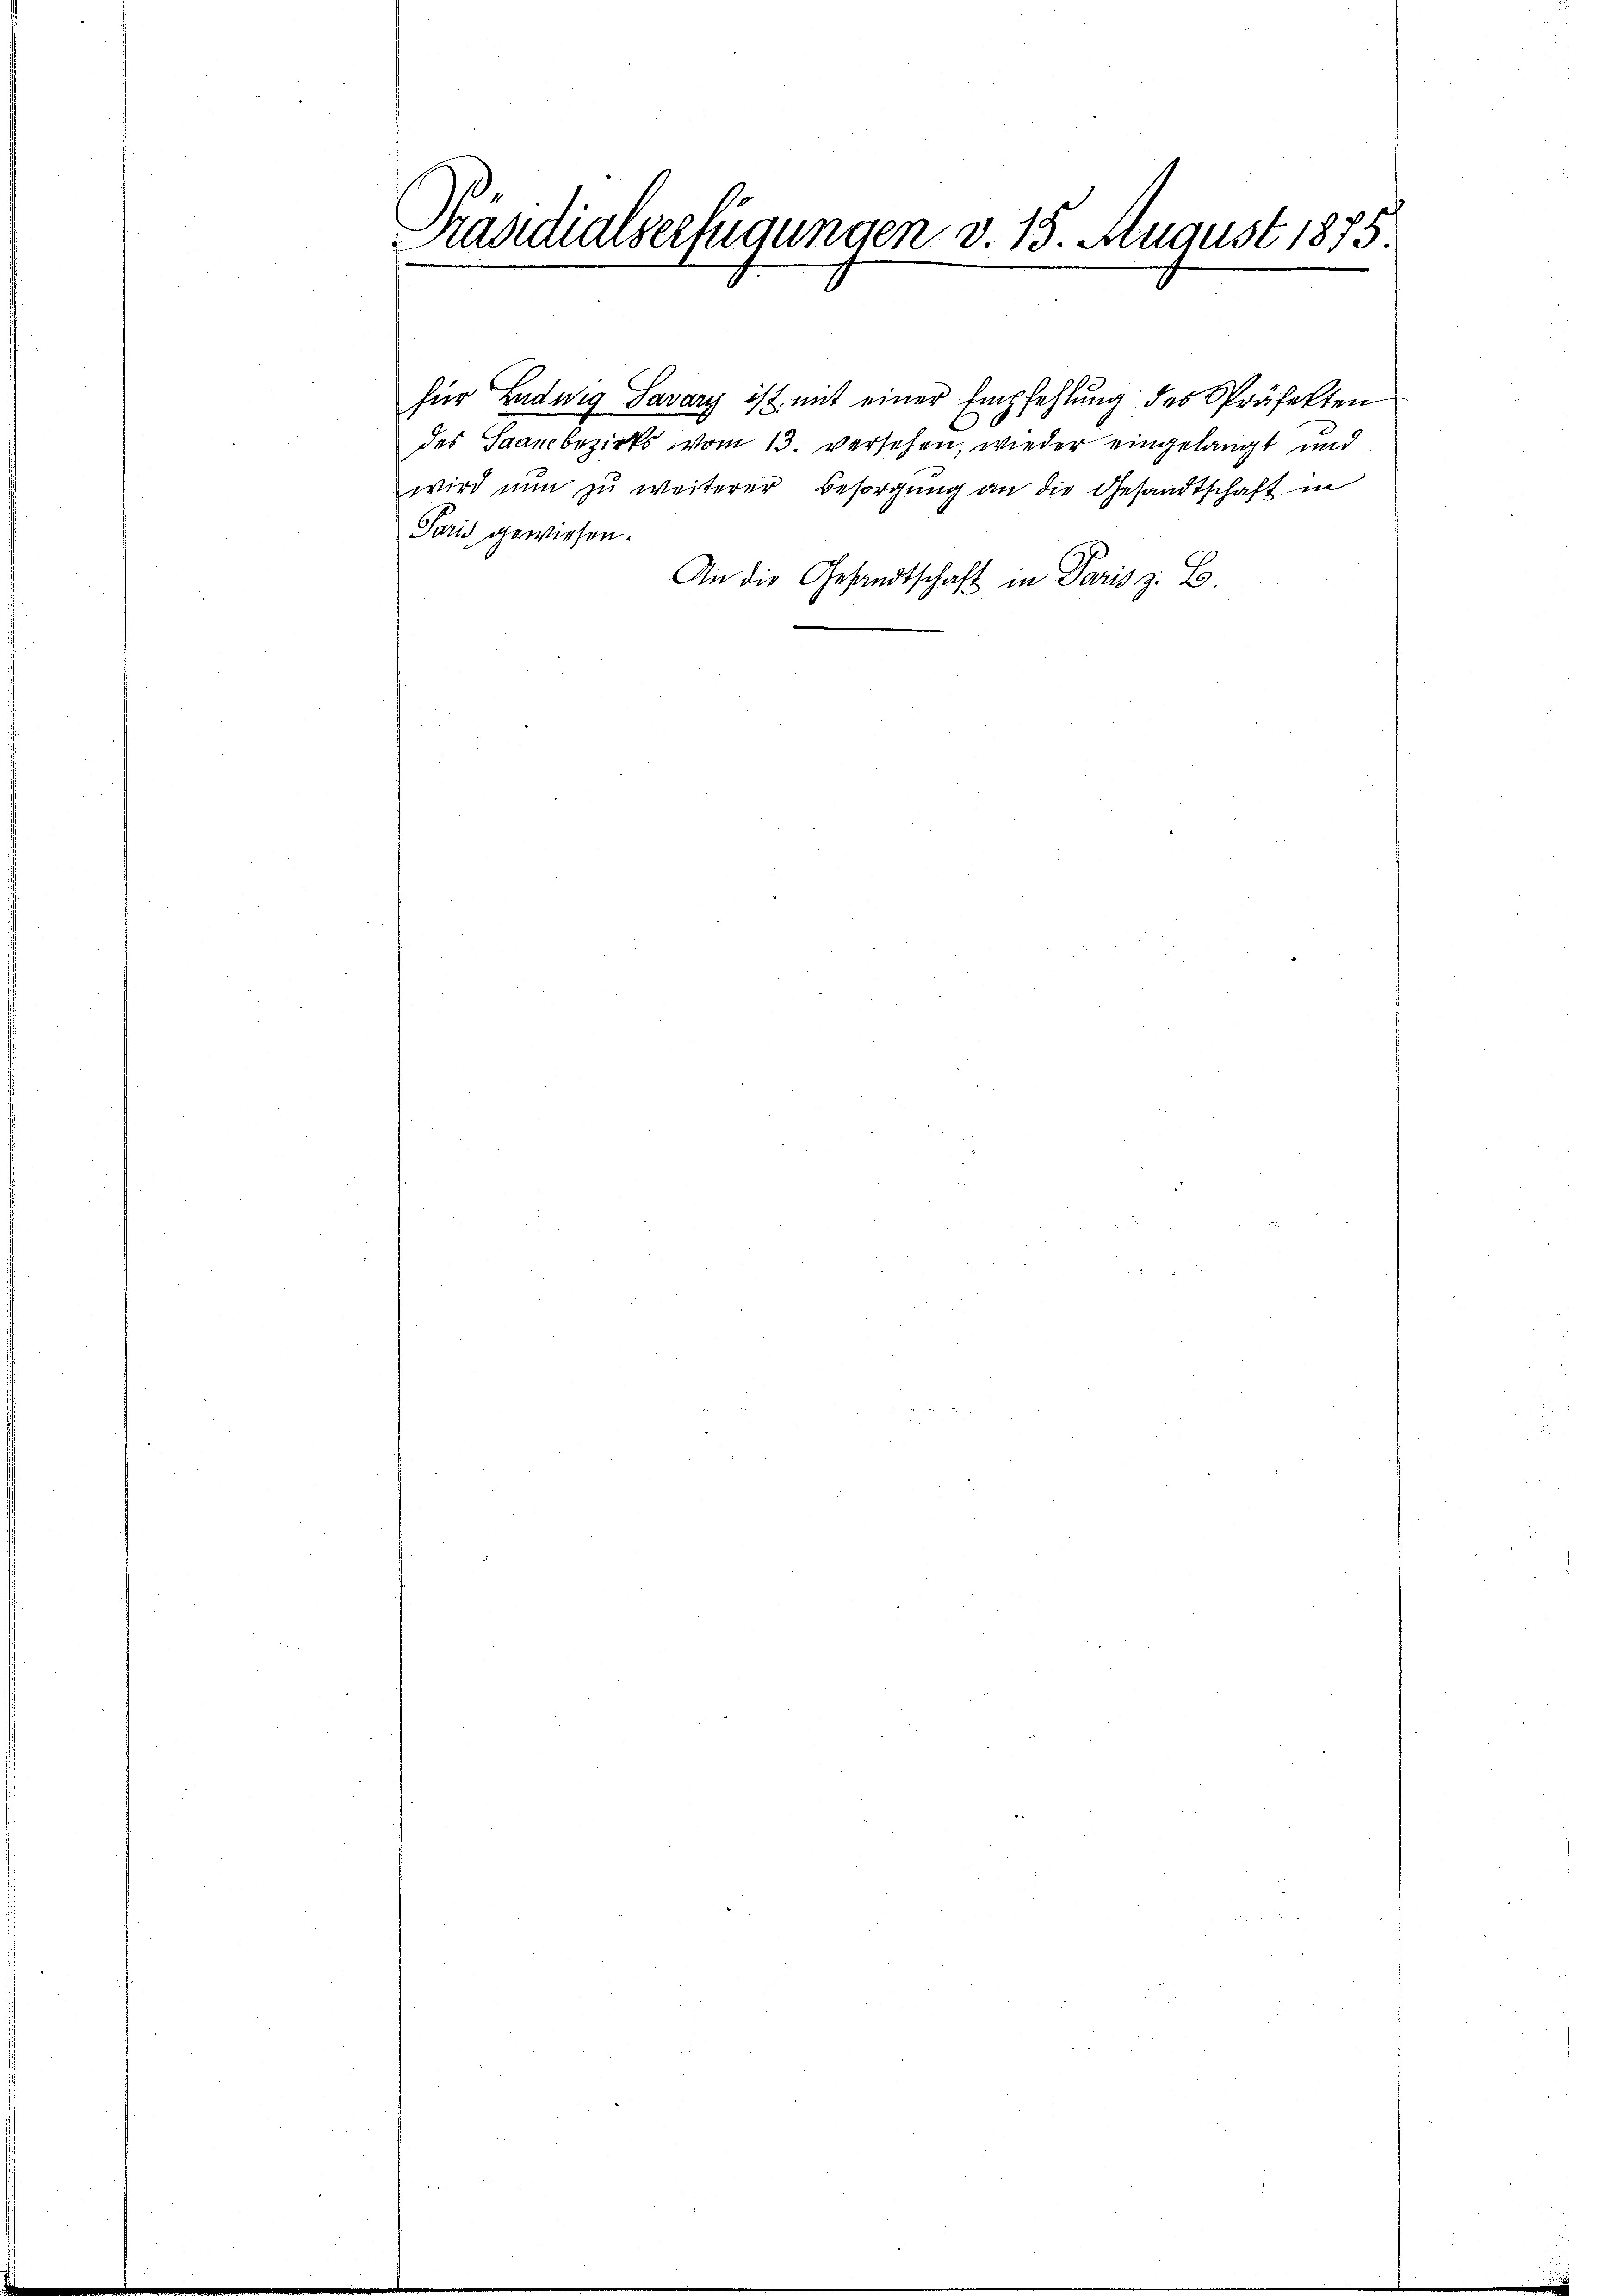
Präsidialverfügungen v. 15. August 1875.
Summen

für Ludwig Savary ist mit einer Empfehlung des Präfekten
des Saancbezirks vom 13. versehen, wieder eingelangt und
wird nun zu weiterer Besorgung an die Gesandtschaft in
Paris gewiesen.
An die Gesandtschaft in Paris z. B.